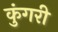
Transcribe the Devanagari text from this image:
कुंगरी